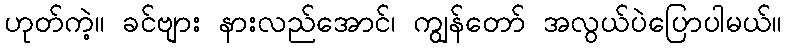
ဟုတ်ကဲ့။ ခင်ဗျား နားလည်အောင်၊ ကျွန်တော် အလွယ်ပဲပြောပါမယ်။